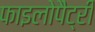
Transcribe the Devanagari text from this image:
फाइलोपैट्री